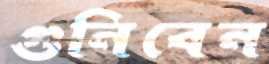
গুনিবেন